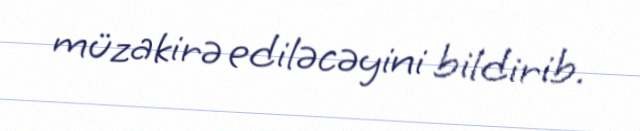
müzakirə ediləcəyini bildirib.